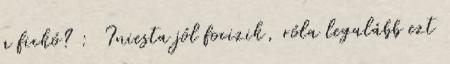
a fickó? : Iniesta jól focizik, róla legalább ezt